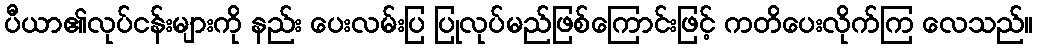
ပီယာ၏လုပ်ငန်းများကို နည်း ပေးလမ်းပြ ပြုလုပ်မည်ဖြစ်ကြောင်းဖြင့် ကတိပေးလိုက်ကြ လေသည်။